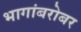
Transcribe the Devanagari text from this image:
भागांबरोबर